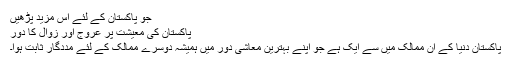
جو پاکستان کے لئے اس مزید پڑھیں
پاکستان کی معیشت پر عروج اور زوال کا دور
پاکستان دنیا کے ان ممالک میں سے ایک ہے جو اپنے بہترین معاشی دور میں ہمیشہ دوسرے ممالک کے لئے مددگار ثابت ہوا۔